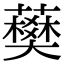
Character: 𧀭